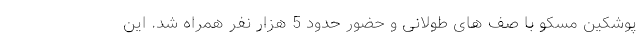
پوشکین مسکو با صف های طولانی و حضور حدود 5 هزار نفر همراه شد. این